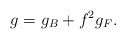
\begin{align*}g=g_{B} +f^{2} g_{F}.\end{align*}